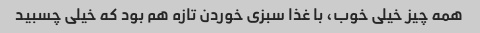
همه چیز خیلی خوب، با غذا سبزی خوردن تازه هم بود که خیلی چسبید